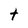
Character: t